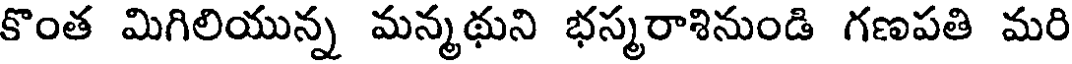
కొంత మిగిలియున్న మన్మథుని భస్మరాశినుండి గణపతి మరి